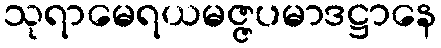
သုရာမေရယမဇ္ဇပမာဒဋ္ဌာနေ